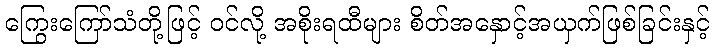
ကြွေးကြော်သံတို့ဖြင့် ဝင်လို့ အစိုးရထီများ စိတ်အနှောင့်အယှက်ဖြစ်ခြင်းနှင့်